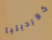
كورديليا